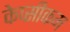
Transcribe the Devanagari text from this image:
केप्सीकम